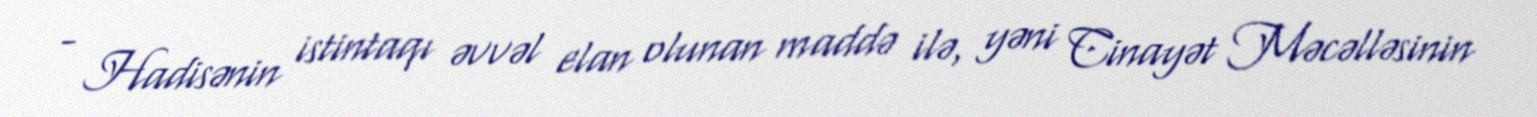
- Hadisənin istintaqı əvvəl elan olunan maddə ilə, yəni Cinayət Məcəlləsinin